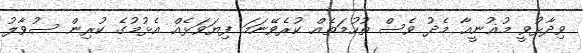
ވިދާޅުވީ މުޣުނީއާ މެދު ވެސް ތުހުމަތެއް ކުރެވޭނަމަ ފިޔަވަޅެއް އެޅުމުގެ ކުރިން ސުވާލު